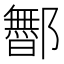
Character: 𬪡